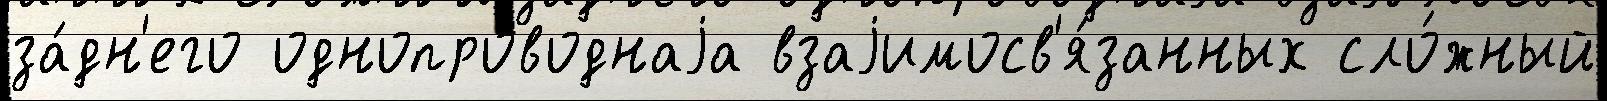
за́дн'его однопроводнаjа взаjимосв'я́занных сло́жный